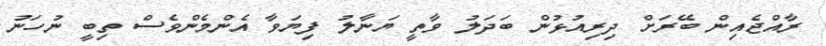
ރާއްޖެއިން ބޭރަށް ދިރިއުޅުން ބަދަލު ވާތީ ޔަނާލު ފިޔަވާ އެންމެންވެސް ތިބީ ނުހަނު